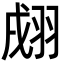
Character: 𦐴